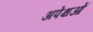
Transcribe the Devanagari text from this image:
अपेक्षओं